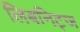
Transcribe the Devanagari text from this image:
लिबनिट्ज